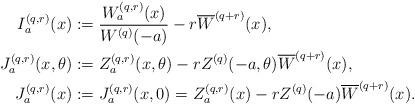
LaTeX: \begin{align*} I_a^{(q,r)} (x) &:= \frac {W^{(q,r)}_a(x)} {W^{(q)}(-a)} - r \overline{W}^{(q+r)} (x), \\J_a^{(q,r)}(x,\theta ) &:=Z^{(q,r)}_a(x,\theta ) - r Z^{(q)} (-a, \theta ) \overline{W}^{(q+r)} (x), \\J_a^{(q,r)}(x) &:= J_a^{(q,r)}(x,0) = Z^{(q,r)}_a(x) - r Z^{(q)} (-a) \overline{W}^{(q+r)} (x). \end{align*}